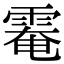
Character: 𩃗